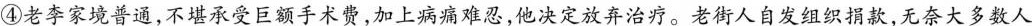
④老李家境普通，不堪承受巨额手术费，加上病痛难忍，他决定放弃治疗。老街人自发组织捐款，无奈大多数人